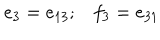
LaTeX: \begin{array} { l l } { { e _ { 3 } = e _ { 1 3 } ; } } & { { f _ { 3 } = e _ { 3 1 } } } \\ \end{array}